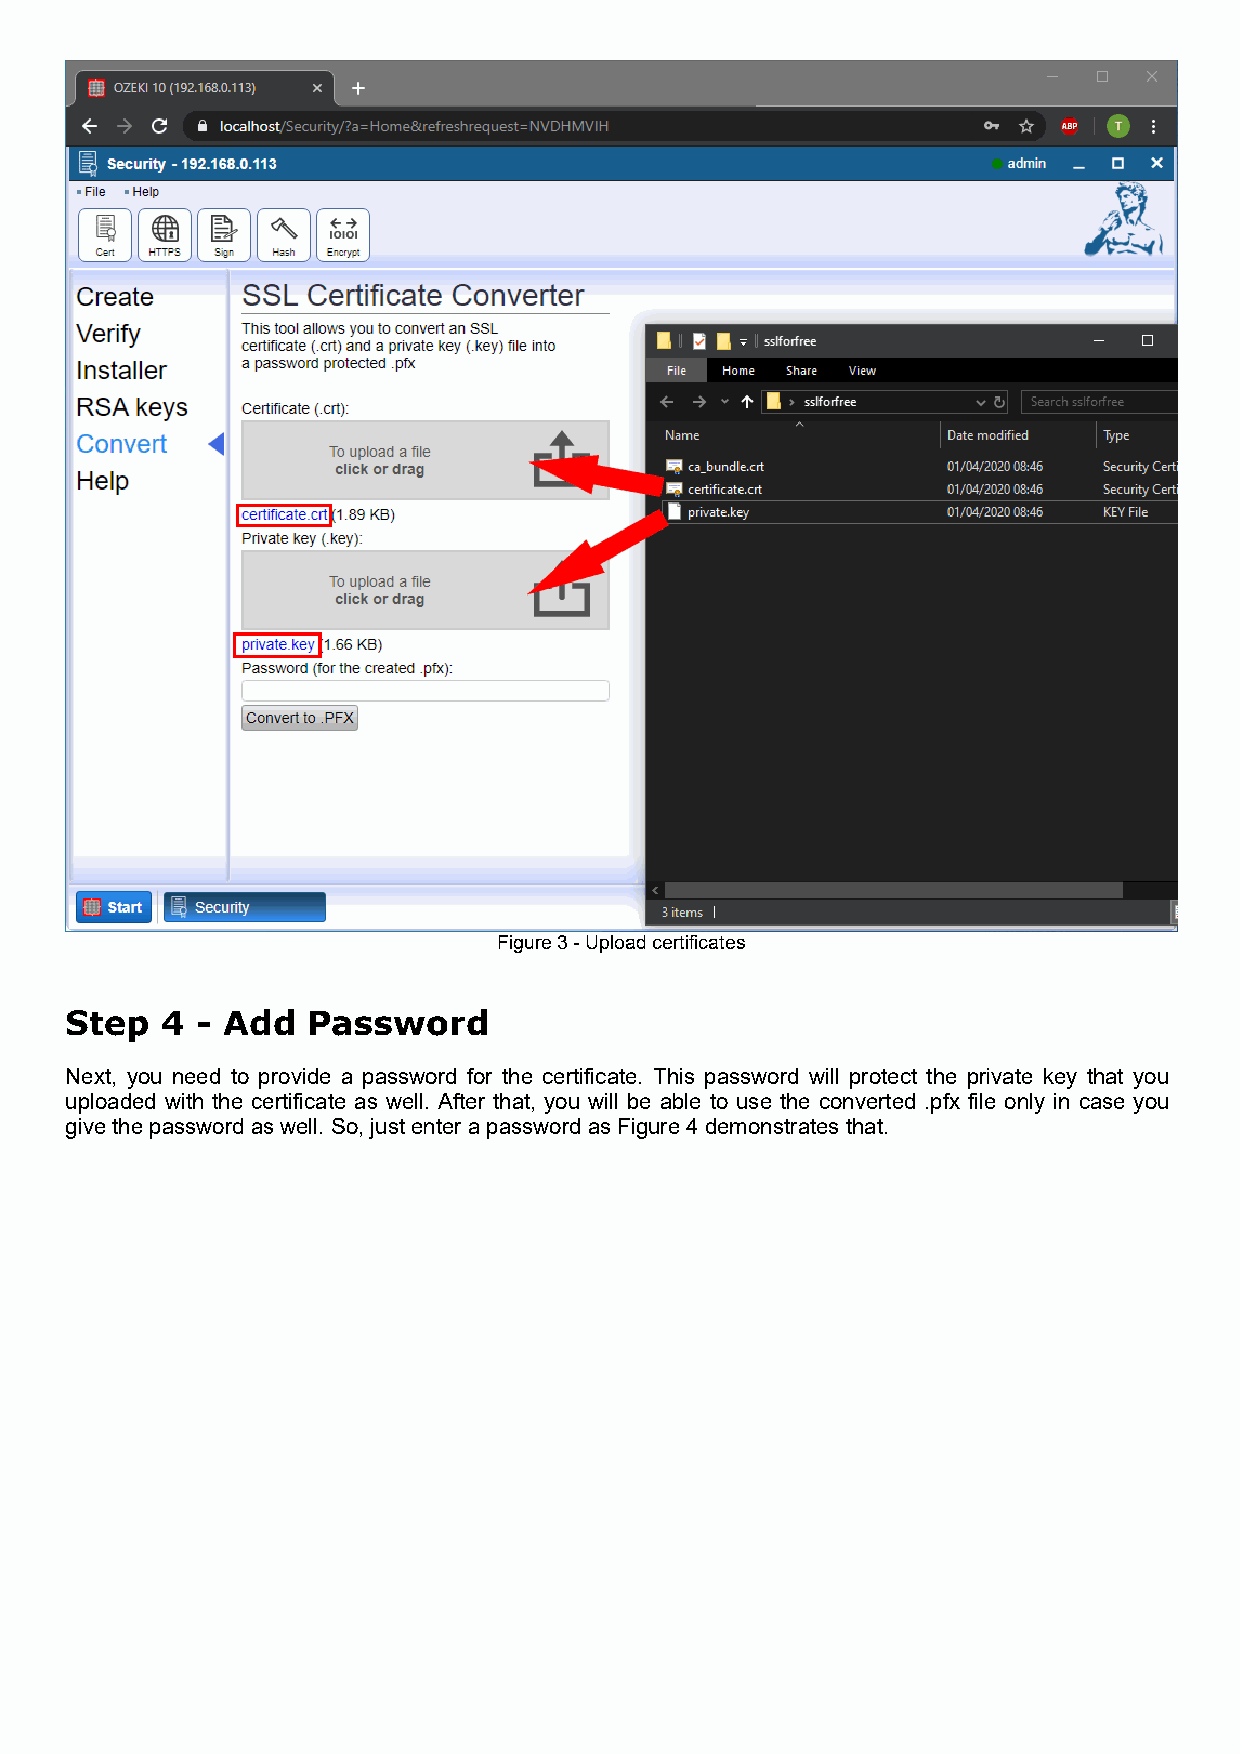
Figure 3 - Upload certificates
 Step   4 - Add  Password
 Next, you need to provide a password for the certificate. This password will protect the private key that you
 uploaded with the certificate as well. After that, you will be able to use the converted .pfx file only in case you
 give the password as well. So, just enter a password as Figure 4 demonstrates that.